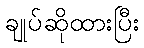
ချုပ်ဆိုထားပြီး